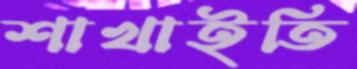
শাখাইতি